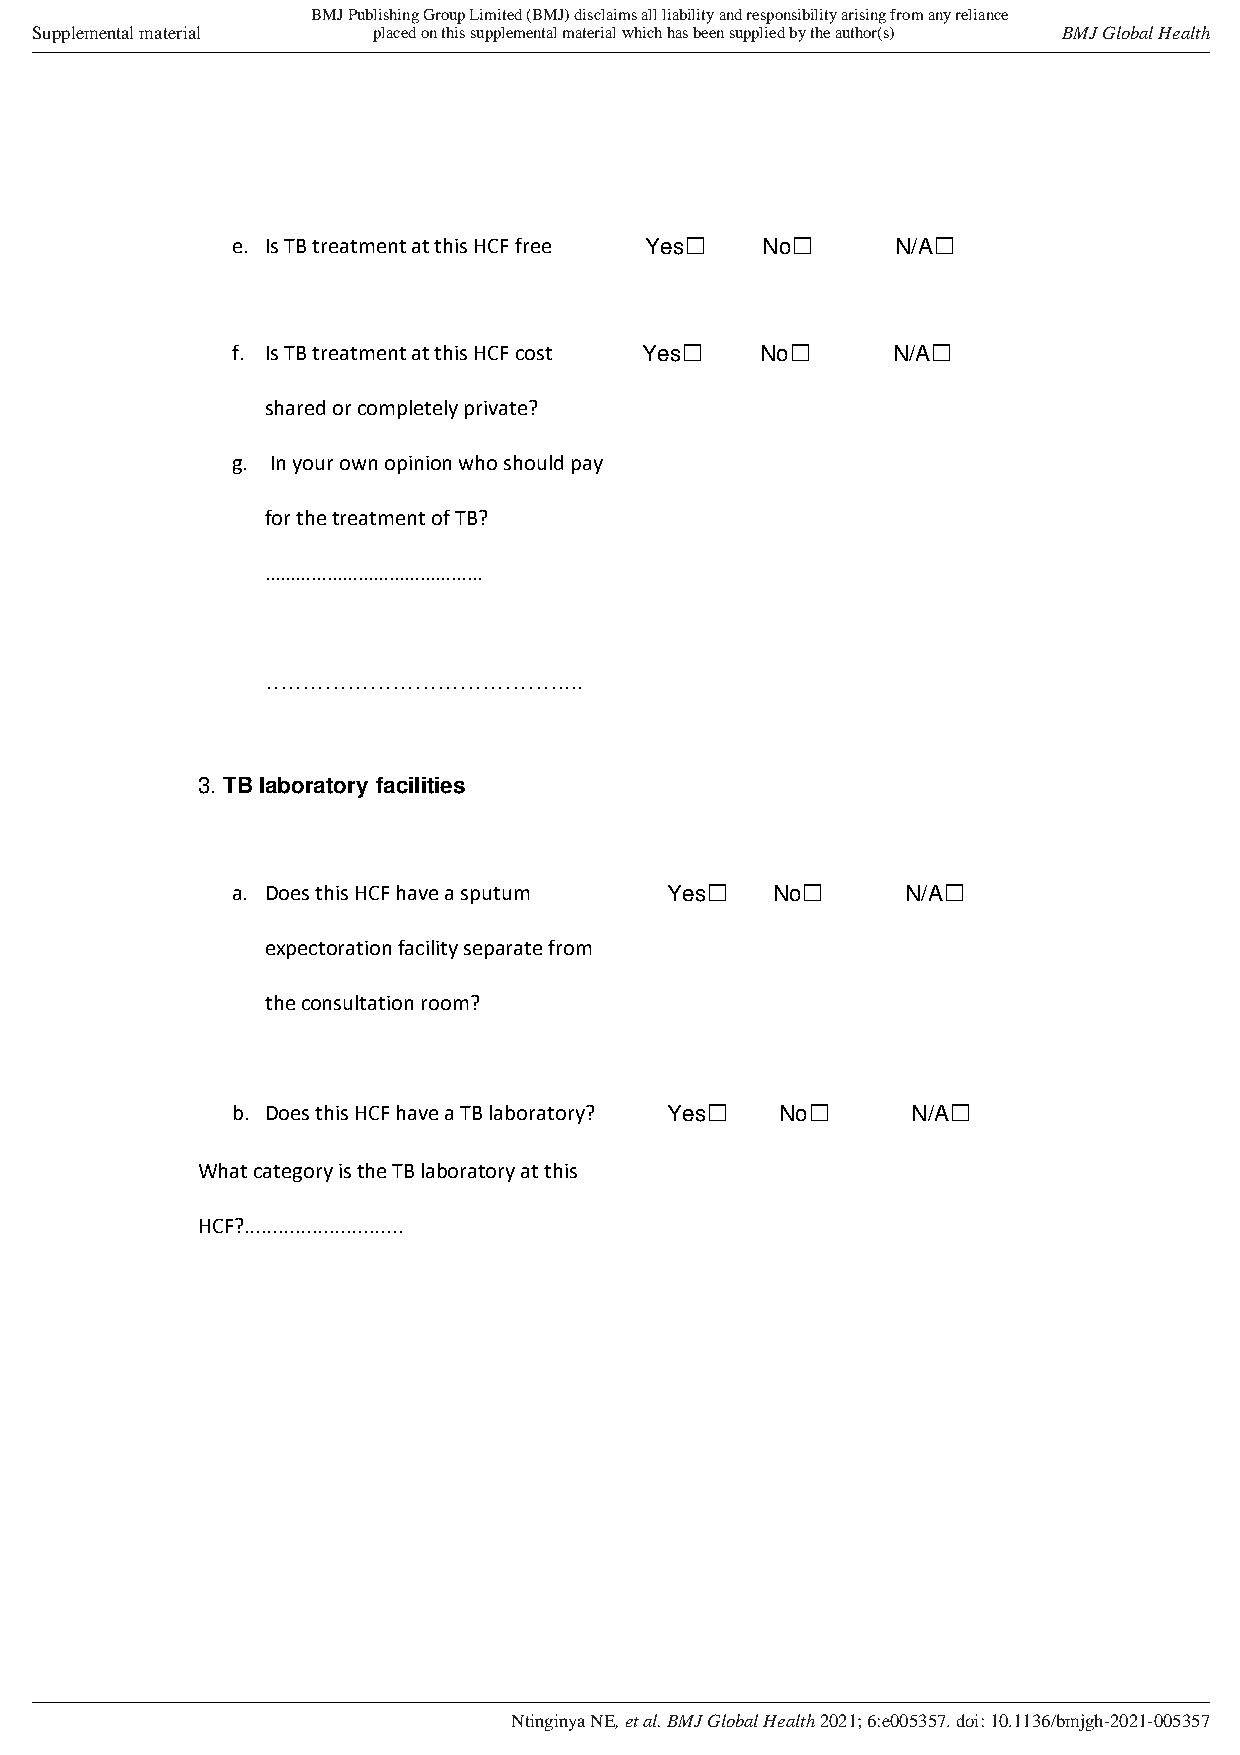
BMJ Publishing Group Limited (BMJ) disclaims all liability and responsibility arising from any reliance
 Supplemental material  placed on this supplemental material which has been supplied by the author(s) BMJ Global Health
 e. Is TB treatment at this HCF free Yes☐ No☐ N/A☐
 f. Is TB treatment at this HCF cost Yes☐ No☐ N/A☐
 shared or completely private?
 g. In your own opinion who should pay
 for the treatment of TB?
 ……………………………………
 …………………………………....
 3. TB laboratory facilities
 a. Does this HCF have a sputum Yes☐ No☐      N/A☐
 expectoration facility separate from
 the consultation room?
 b. Does this HCF have a TB laboratory? Yes☐ No☐ N/A☐
 What category is the TB laboratory at this
 HCF?............................
 Ntinginya NE, et al. BMJ Global Health 2021; 6:e005357. doi: 10.1136/bmjgh-2021-005357